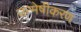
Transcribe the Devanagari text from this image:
उन्मेषीकरण